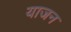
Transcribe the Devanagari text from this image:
याजन